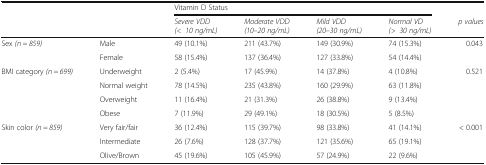
<table><thead><tr><td rowspan="2" colspan="2"></td><td colspan="4"><b>Vitamin D Status</b></td><td></td></tr><tr><td><b><i>Severe VDD (&lt;10 ng/mL)</i></b></td><td><b><i>Moderate VDD (10–20 ng/mL)</i></b></td><td><b><i>Mild VDD (20–30 ng/mL)</i></b></td><td><b><i>Normal VD (&gt;30 ng/mL)</i></b></td><td><b><i>p values</i></b></td></tr></thead><tbody><tr><td rowspan="2">Sex <i>(n = 859)</i></td><td>Male</td><td>49 (10.1%)</td><td>211 (43.7%)</td><td>149 (30.9%)</td><td>74 (15.3%)</td><td rowspan="2">0.043</td></tr><tr><td>Female</td><td>58 (15.4%)</td><td>137 (36.4%)</td><td>127 (33.8%)</td><td>54 (14.4%)</td></tr><tr><td rowspan="4">BMI category <i>(n = 699)</i></td><td>Underweight</td><td>2 (5.4%)</td><td>17 (45.9%)</td><td>14 (37.8%)</td><td>4 (10.8%)</td><td rowspan="4">0.521</td></tr><tr><td>Normal weight</td><td>78 (14.5%)</td><td>235 (43.8%)</td><td>160 (29.9%)</td><td>63 (11.8%)</td></tr><tr><td>Overweight</td><td>11 (16.4%)</td><td>21 (31.3%)</td><td>26 (38.8%)</td><td>9 (13.4%)</td></tr><tr><td>Obese</td><td>7 (11.9%)</td><td>29 (49.1%)</td><td>18 (30.5%)</td><td>5 (8.5%)</td></tr><tr><td rowspan="3">Skin color <i>(n = 859)</i></td><td>Very fair/fair</td><td>36 (12.4%)</td><td>115 (39.7%)</td><td>98 (33.8%)</td><td>41 (14.1%)</td><td rowspan="3">&lt; 0.001</td></tr><tr><td>Intermediate</td><td>26 (7.6%)</td><td>128 (37.7%)</td><td>121 (35.6%)</td><td>65 (19.1%)</td></tr><tr><td>Olive/Brown</td><td>45 (19.6%)</td><td>105 (45.9%)</td><td>57 (24.9%)</td><td>22 (9.6%)</td></tr></tbody></table>